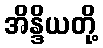
အိန္ဒိယတို့